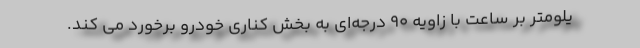
یلومتر بر ساعت با زاویه 90 درجه‌ای به بخش کناری خودرو برخورد می کند.